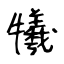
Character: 犧